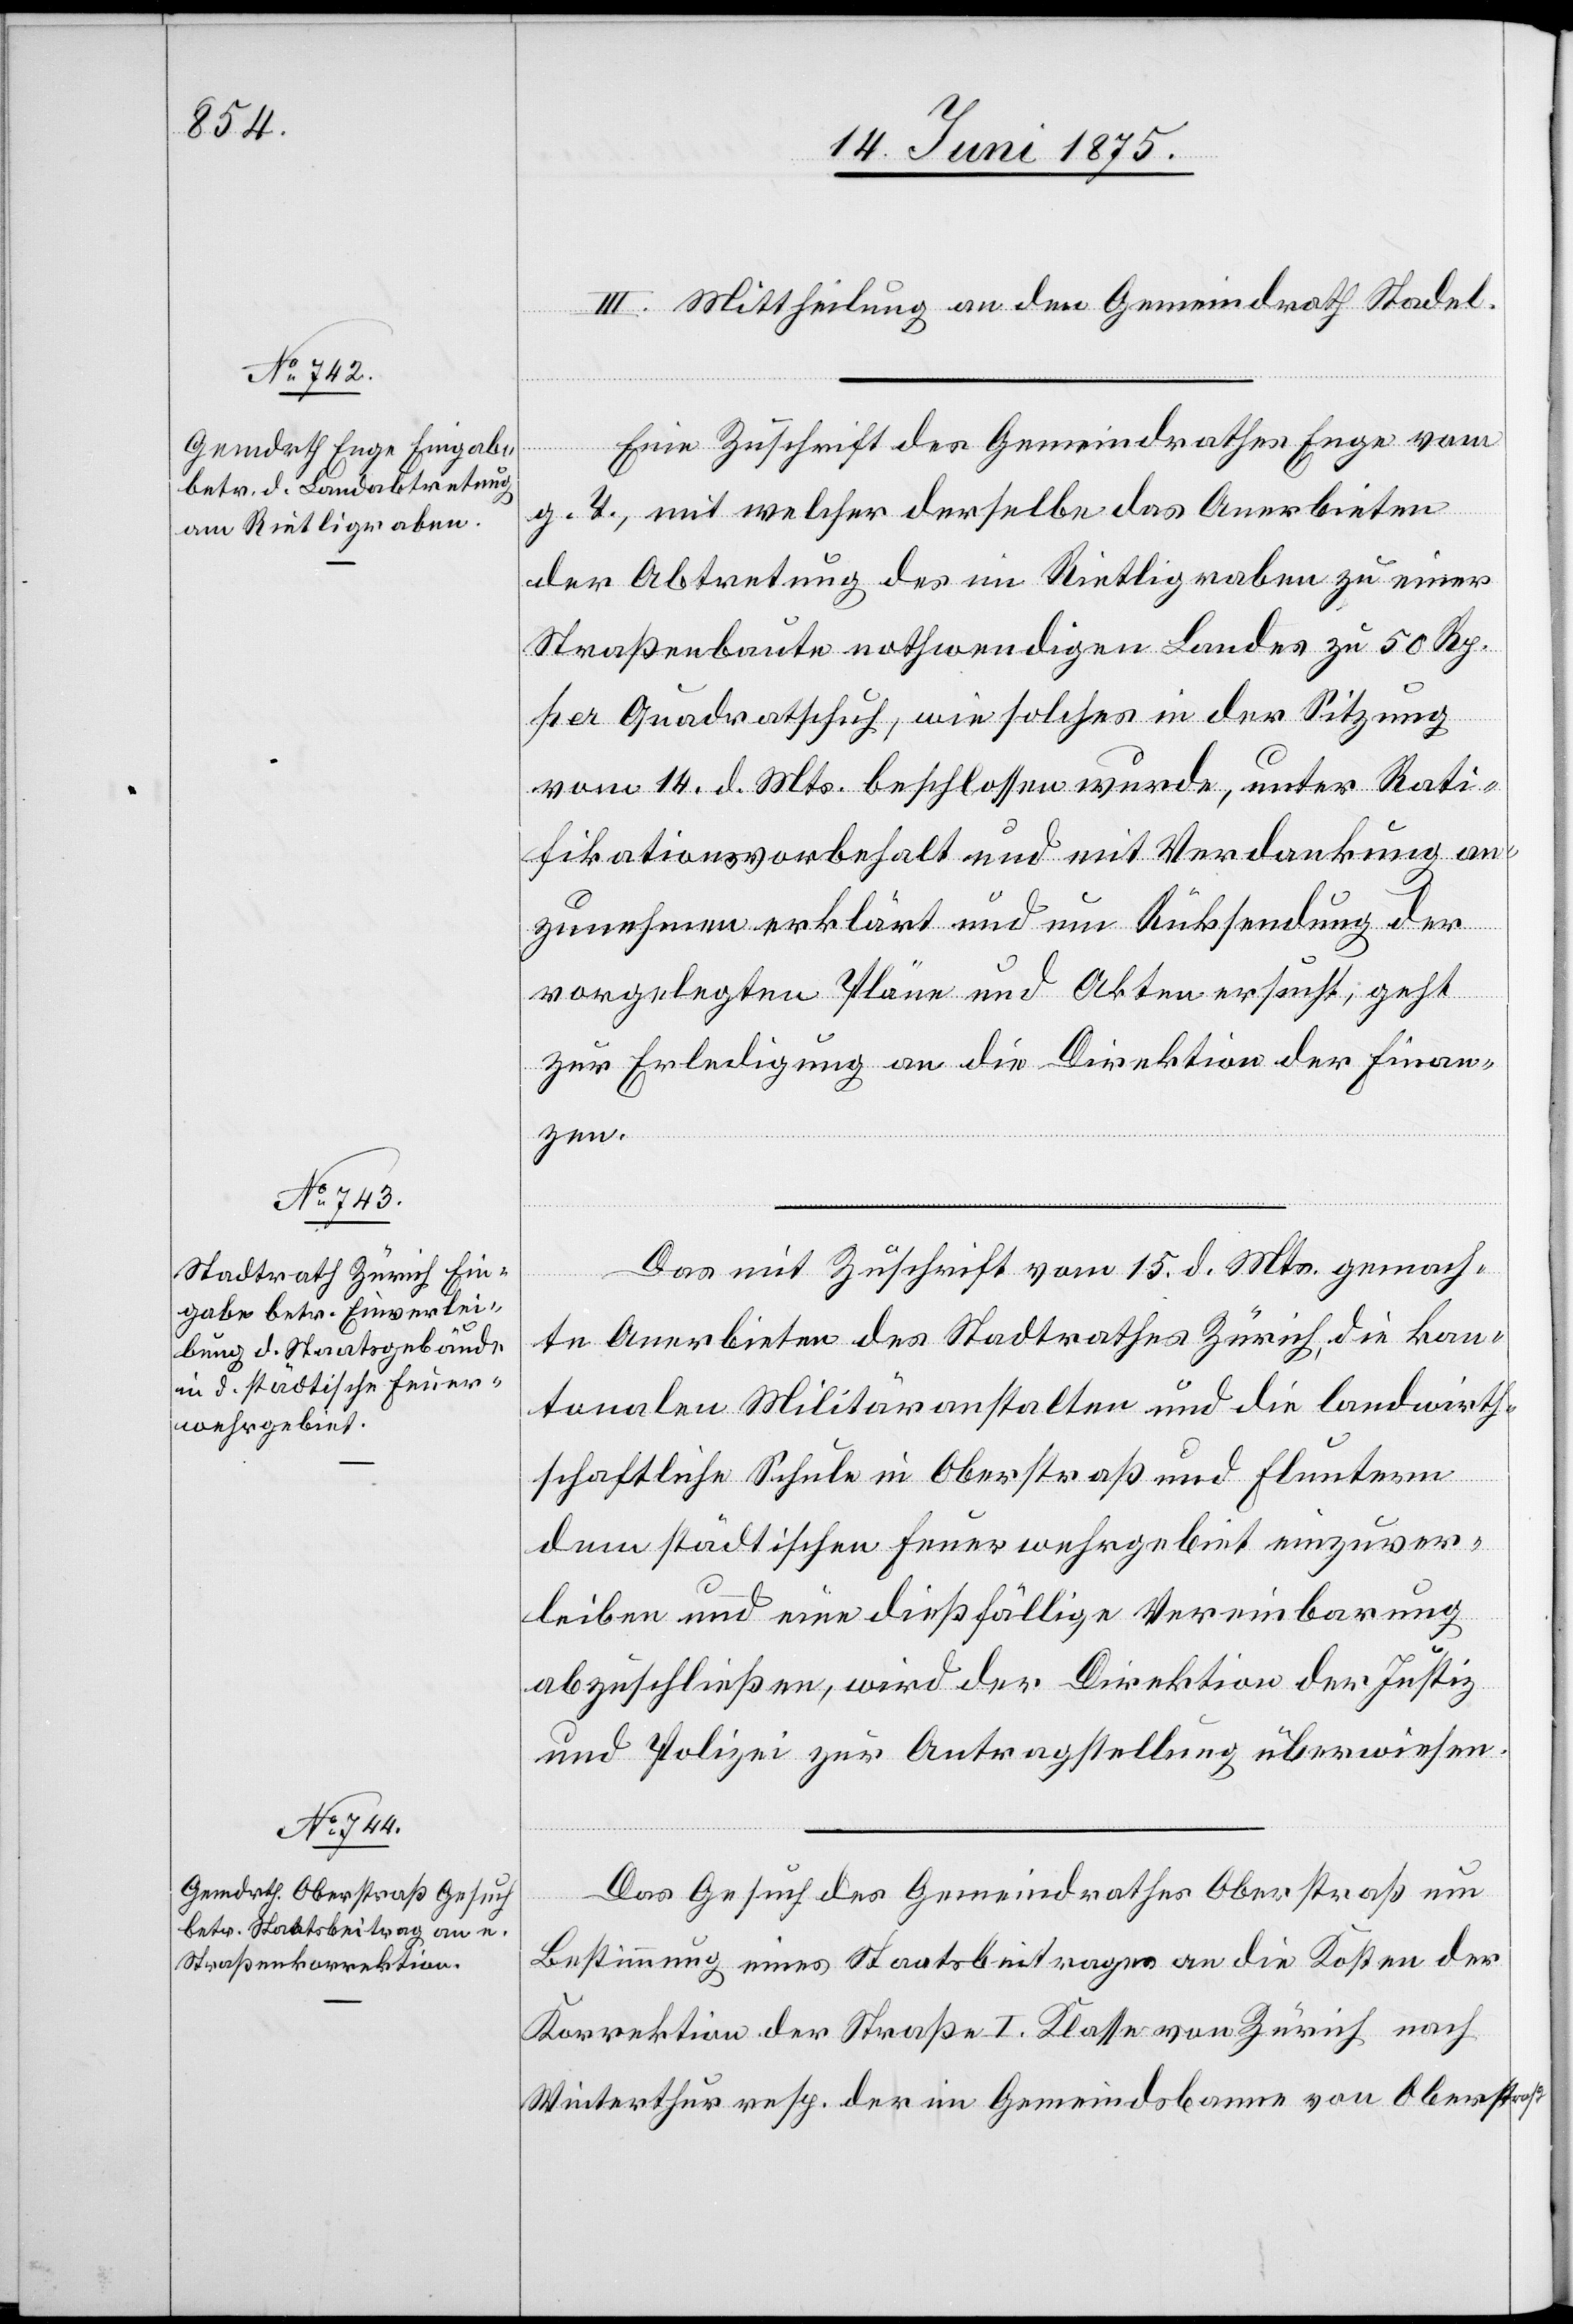
18. Juni 1875.]
III. Mittheilung an den Gemeindrath Stadel.
Eine Zuschrift des Gemeindrathes Enge vom
g. T., mit welcher derselbe das Anerbieten
der Abtretung des im Rietligraben zu einer
Straßenbaute nothwendigen Landes zu 50 Rp.
per Quadratschuh, wie solches in der Sitzung
vom 14. d. Mts beschlossen wurde, unter Rati¬
fikationsvorbehalt und mit Verdankung an¬
zunehmen erklärt und um Rücksendung der
vorgelegten Pläne und Akten ersucht; geht
zur Erledigung an die Direktion der Finan¬
zen.
Das mit Zuschrift vom 15. d. Mts. gemach¬
te Anerbieten des Stadtrathes Zürich, die kan¬
tonalen Militäranstalten und die landwirth¬
schaftliche Schule in Oberstraß und Fluntern
dem städtischen Feuerwehrgebiet einzuver¬
leiben und eine dießfällige Vereinbarung
abzuschließen, wird der Direktion der Justiz
und Polizei zur Antragstellung überwiesen.
Das Gesuch des Gemeindrathes Oberstraß um
Bestimmung eines Staatsbeitrages an die Kosten der
Korrektion der Straße I Klasse von Zürich nach
Winterthur resp. der im Gemeindsbanne von Oberstraß